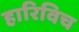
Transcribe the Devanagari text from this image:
हारिविच